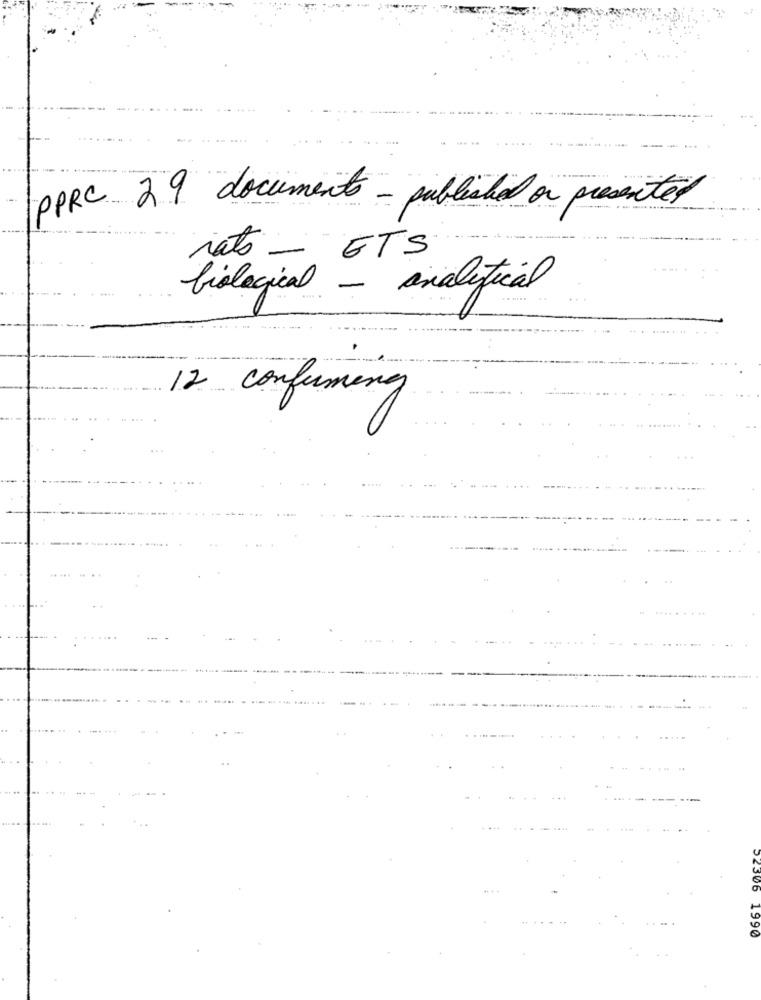
--
PPRC 29 documents - published on presented
nato_ GTS
biological - analytical
12 confermany
22306 1990